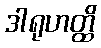
ဒါရုဟတ္ထိ